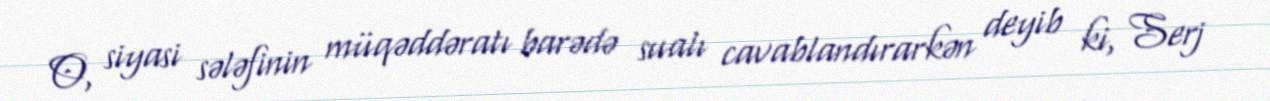
O, siyasi sələfinin müqəddəratı barədə sualı cavablandırarkən deyib ki, Serj